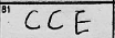
Transcription: CCE